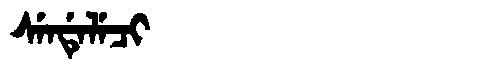
Manchu: ᠰᡝᠨᡩᡝᠯᡝᠴᡳ
Romanization: SENDELECI